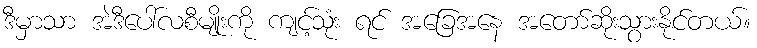
ဒီမှာသာ အဲဒီပေါ်လစီမျိုးကို ကျင့်သုံး ရင် အခြေအနေ အတော်ဆိုးသွားနိုင်တယ်။